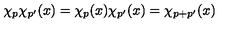
\chi _ { p } \chi _ { p ^ { \prime } } ( x ) = \chi _ { p } ( x ) \chi _ { p ^ { \prime } } ( x ) = \chi _ { p + p ^ { \prime } } ( x )